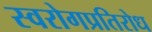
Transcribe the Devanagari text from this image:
स्वरोगप्रतिरोध